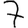
Digit: 7